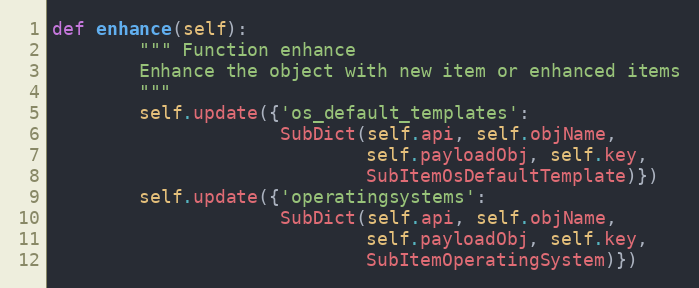
Language: Python
def enhance(self):
        """ Function enhance
        Enhance the object with new item or enhanced items
        """
        self.update({'os_default_templates':
                     SubDict(self.api, self.objName,
                             self.payloadObj, self.key,
                             SubItemOsDefaultTemplate)})
        self.update({'operatingsystems':
                     SubDict(self.api, self.objName,
                             self.payloadObj, self.key,
                             SubItemOperatingSystem)})